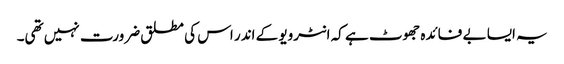
یہ ایسا بے فائدہ جھوٹ ہے کہ انٹرویو کے اندر اس کی مطلق ضرورت نہیں تھی۔